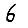
Digit: 6